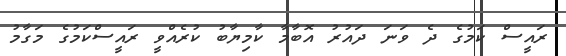
ރައީސް ކަމުގެ ދެ ވަނަ ދައުރު އޮބާމާ ކާމިޔާބު ކުރެއްވީ ރައީސްކަމުގެ މަގާމު